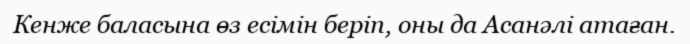
Кенже баласына өз есімін беріп, оны да Асанәлі атаған.